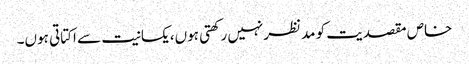
خاص مقصدیت کو مدنظرنہیں رکھتی ہوں،یکسانیت سے اکتاتی ہوں۔